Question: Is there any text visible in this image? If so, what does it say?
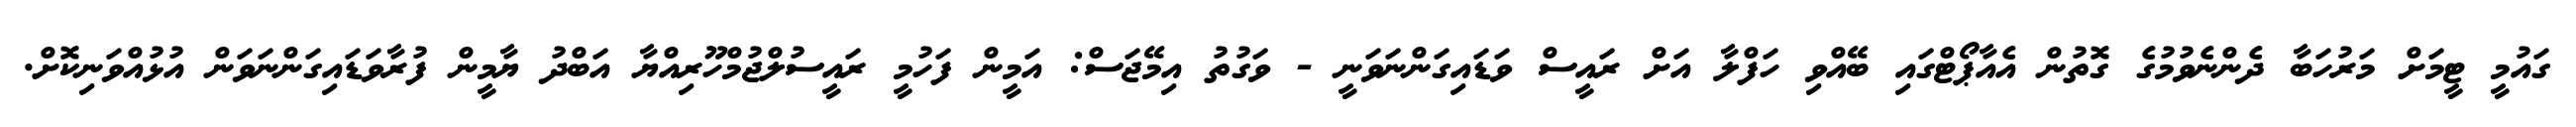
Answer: ގައުމީ ޓީމަށް މަރުހަބާ ދެންނެވުމުގެ ގޮތުން އެއާޕޯޓްގައި ބޭއްވި ހަފްލާ އަށް ރައީސް ވަޑައިގަންނަވަނީ - ވަގުތު އިމޭޖަސް: އަމީން ފަހުމީ ރައީސުލްޖުމްހޫރިއްޔާ އަބްދު ޔާމީން ފުރާވަޑައިގަންނަވަން އުޅުއްވަނިކޮށް.